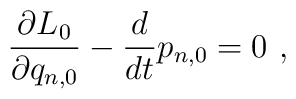
\frac{\partial L_0}{\partial q_{n,0}}-\frac{d}{dt}p_{n,0}=0\ ,